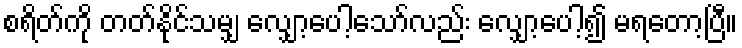
စရိတ်ကို တတ်နိုင်သမျှ လျှော့ပေါ့သော်လည်း လျှော့ပေါ့၍ မရတော့ပြီ။